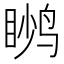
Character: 𬸙